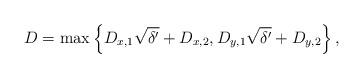
LaTeX: \begin{align*}D = \max\left\{ D_{x,1}\sqrt{\delta'}+D_{x,2}, D_{y,1}\sqrt{\delta'}+D_{y,2} \right\},\end{align*}